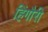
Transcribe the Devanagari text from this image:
हिंगौरी